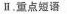
Ⅱ.重点短语